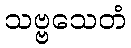
သဗ္ဗသေတံ